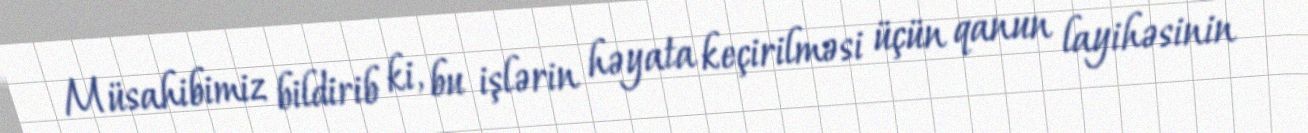
Müsahibimiz bildirib ki, bu işlərin həyata keçirilməsi üçün qanun layihəsinin